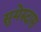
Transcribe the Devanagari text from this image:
सुमेरुदास